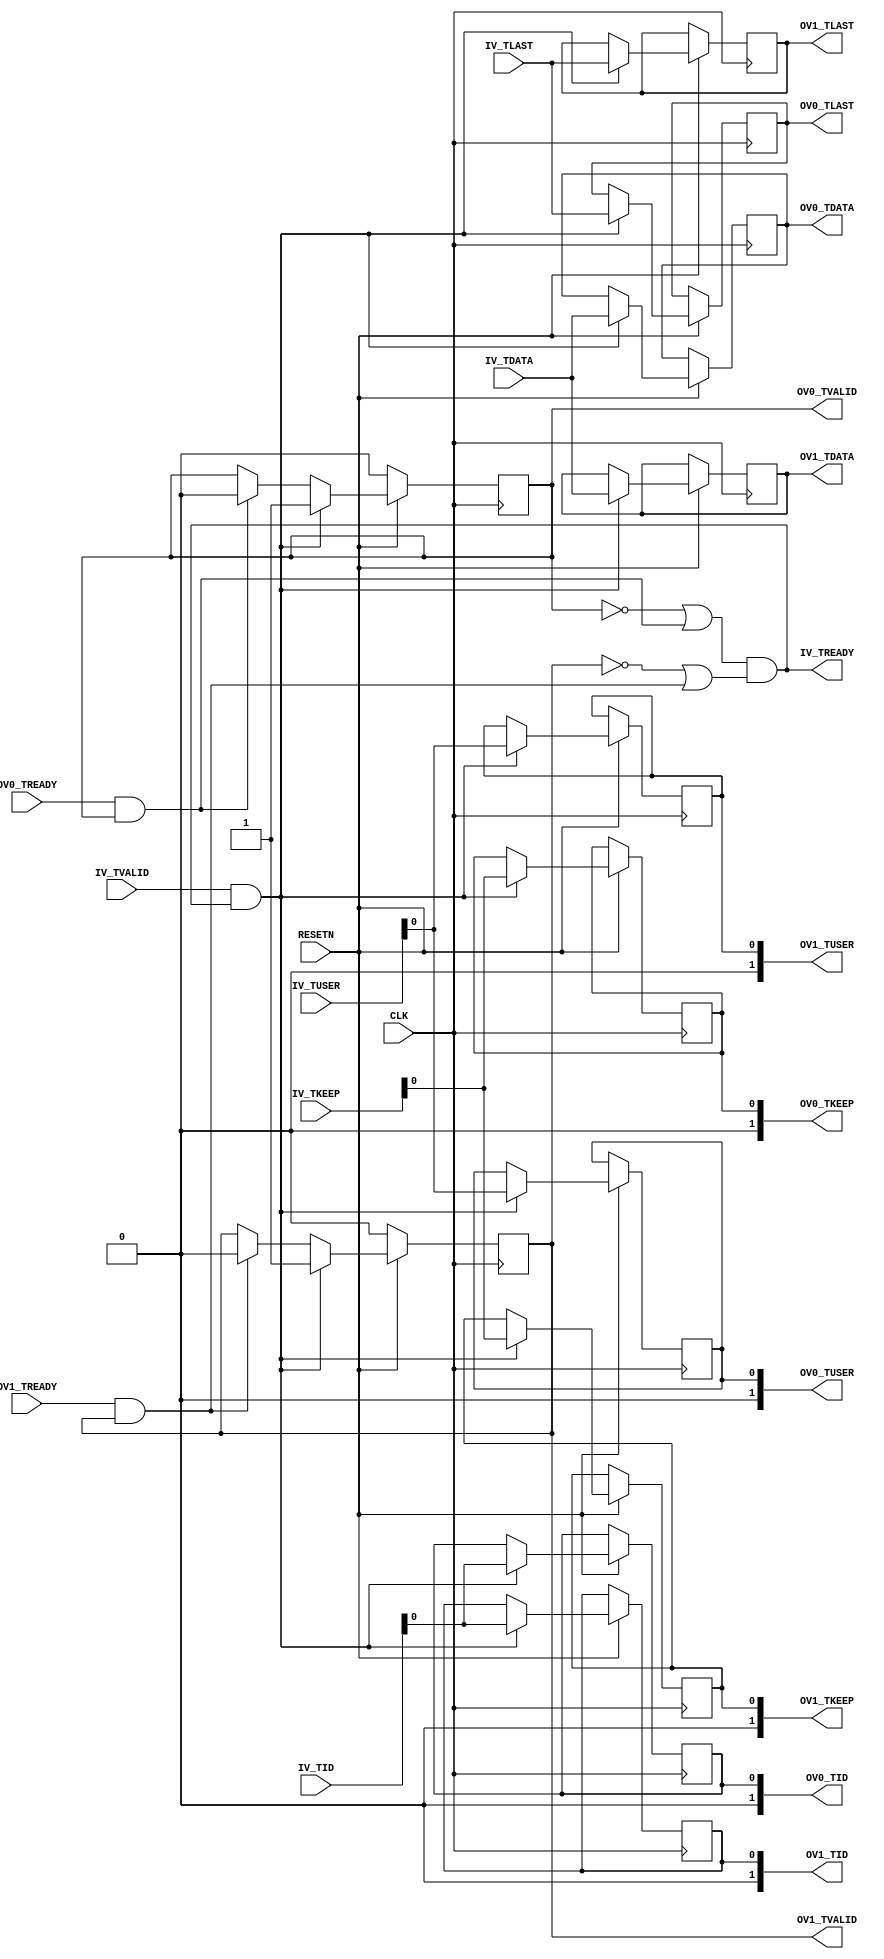

// Copyright (C) Akira Higuchi  ( https://github.com/ahiguti )
// Copyright (C) DeNA Co.,Ltd. ( https://dena.com )
// All rights reserved.
// See COPYRIGHT.txt for details


module axis_fork(
CLK, RESETN,
IV_TVALID, IV_TREADY, IV_TDATA, IV_TLAST, IV_TKEEP, IV_TUSER, IV_TID,
OV0_TVALID, OV0_TREADY, OV0_TDATA, OV0_TLAST, OV0_TKEEP, OV0_TUSER, OV0_TID,
OV1_TVALID, OV1_TREADY, OV1_TDATA, OV1_TLAST, OV1_TKEEP, OV1_TUSER, OV1_TID
);
parameter WIDTH_DATA = 64;
parameter WIDTH_LAST = 1;
parameter WIDTH_KEEP = 0;
parameter WIDTH_USER = 0;
parameter WIDTH_ID = 0;
input CLK;
input RESETN;
input IV_TVALID;
output IV_TREADY;
input [WIDTH_DATA-1:0] IV_TDATA;
input [WIDTH_LAST-1:0] IV_TLAST;
input [WIDTH_KEEP-1:0] IV_TKEEP;
input [WIDTH_USER-1:0] IV_TUSER;
input [WIDTH_ID-1:0] IV_TID;
output OV0_TVALID;
input OV0_TREADY;
output [WIDTH_DATA-1:0] OV0_TDATA;
output [WIDTH_LAST-1:0] OV0_TLAST;
output [WIDTH_KEEP-1:0] OV0_TKEEP;
output [WIDTH_USER-1:0] OV0_TUSER;
output [WIDTH_ID-1:0] OV0_TID;
output OV1_TVALID;
input OV1_TREADY;
output [WIDTH_DATA-1:0] OV1_TDATA;
output [WIDTH_LAST-1:0] OV1_TLAST;
output [WIDTH_KEEP-1:0] OV1_TKEEP;
output [WIDTH_USER-1:0] OV1_TUSER;
output [WIDTH_ID-1:0] OV1_TID;

reg ov0_tvalid;
reg [(WIDTH_DATA>0?WIDTH_DATA-1:0):0] ov0_tdata;
reg [(WIDTH_LAST>0?WIDTH_LAST-1:0):0] ov0_tlast;
reg [(WIDTH_KEEP>0?WIDTH_KEEP-1:0):0] ov0_tkeep;
reg [(WIDTH_USER>0?WIDTH_USER-1:0):0] ov0_tuser;
reg [(WIDTH_ID>0?WIDTH_ID-1:0):0] ov0_tid;
reg ov1_tvalid;
reg [(WIDTH_DATA>0?WIDTH_DATA-1:0):0] ov1_tdata;
reg [(WIDTH_LAST>0?WIDTH_LAST-1:0):0] ov1_tlast;
reg [(WIDTH_KEEP>0?WIDTH_KEEP-1:0):0] ov1_tkeep;
reg [(WIDTH_USER>0?WIDTH_USER-1:0):0] ov1_tuser;
reg [(WIDTH_ID>0?WIDTH_ID-1:0):0] ov1_tid;

wire ov0_we = (OV0_TVALID == 0) || (OV0_TREADY && OV0_TVALID);
wire ov1_we = (OV1_TVALID == 0) || (OV1_TREADY && OV1_TVALID);
wire ov_we = ov0_we && ov1_we;

assign IV_TREADY = ov_we;
assign OV0_TVALID = ov0_tvalid;
assign OV0_TDATA = ov0_tdata;
assign OV0_TLAST = ov0_tlast;
assign OV0_TKEEP = ov0_tkeep;
assign OV0_TUSER = ov0_tuser;
assign OV0_TID = ov0_tid;
assign OV1_TVALID = ov1_tvalid;
assign OV1_TDATA = ov1_tdata;
assign OV1_TLAST = ov1_tlast;
assign OV1_TKEEP = ov1_tkeep;
assign OV1_TUSER = ov1_tuser;
assign OV1_TID = ov1_tid;

always @(posedge CLK) begin
    if (!RESETN) begin
        ov0_tvalid <= 0;
        ov1_tvalid <= 0;
    end else begin
        if (OV0_TVALID && OV0_TREADY) ov0_tvalid <= 0;
        if (OV1_TVALID && OV1_TREADY) ov1_tvalid <= 0;
        if (IV_TVALID && IV_TREADY) begin
            ov0_tvalid <= 1;
            ov0_tdata <= IV_TDATA;
            ov0_tlast <= IV_TLAST;
            ov0_tkeep <= IV_TKEEP;
            ov0_tuser <= IV_TUSER;
            ov0_tid <= IV_TID;
            ov1_tvalid <= 1;
            ov1_tdata <= IV_TDATA;
            ov1_tlast <= IV_TLAST;
            ov1_tkeep <= IV_TKEEP;
            ov1_tuser <= IV_TUSER;
            ov1_tid <= IV_TID;
        end
    end
end

endmodule